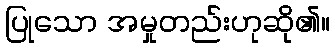
ပြုသော အမှုတည်းဟုဆို၏။